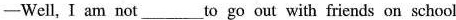
—Well, I am not___to go out with friends on school